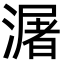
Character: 潳